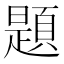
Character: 題